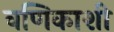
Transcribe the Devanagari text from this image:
वणिकाशी